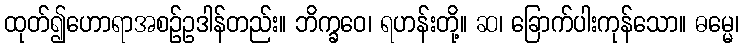
ထုတ်၍ဟောရာအစဉ်ဥဒါန်တည်း။ ဘိက္ခဝေ၊ ရဟန်းတို့။ ဆ၊ ခြောက်ပါးကုန်သော။ ဓမ္မေ၊